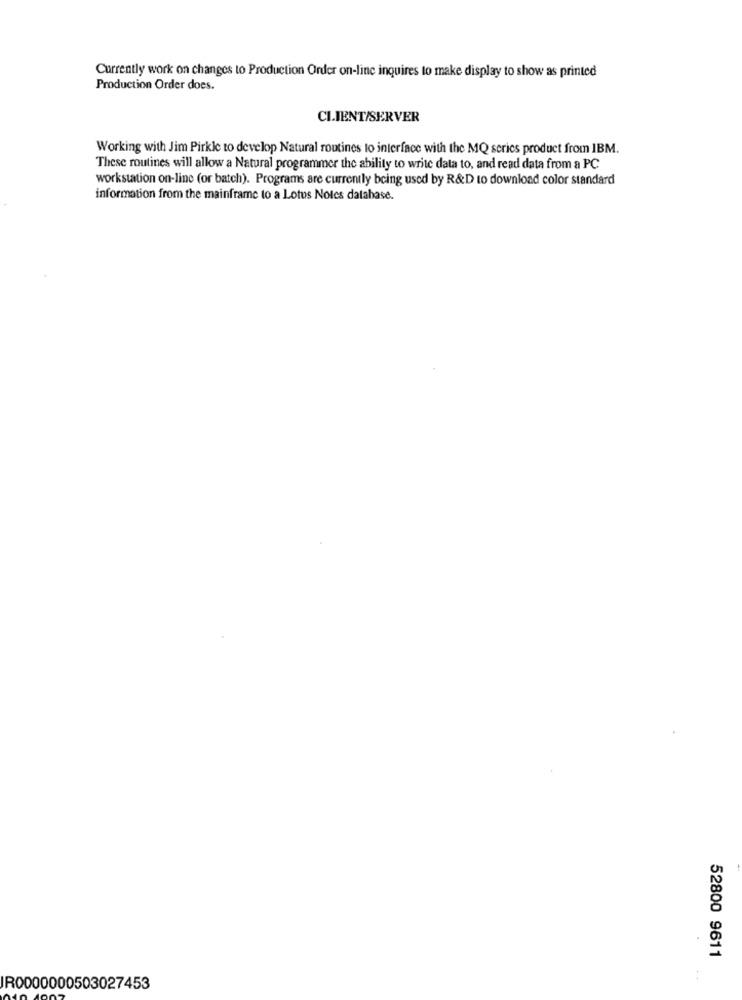
Currently work on changes to Production Order on-line inquires to make display to show as printed
Production Order does.
CLIENT/SERVER
Working with Jim Pirkle to develop Natural routines to interface with the MQ series product from IBM.
These routines will allow a Natural programmer the ability to write data to, and read data from a PC
workstation on-line (or batch). Programs are currently being used by R&D to download color standard
information from the mainframe to a Lotus Notes database.
52800 9611
IR0000000503027453